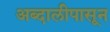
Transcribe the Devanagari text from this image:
अब्दालीपासून